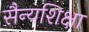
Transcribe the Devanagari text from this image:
सैन्यशिक्षा